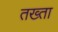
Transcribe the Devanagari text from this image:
तख्‍ता